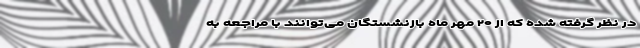
در نظر گرفته شده که از ۲۰ مهر ماه بازنشستگان می‌توانند با مراجعه به